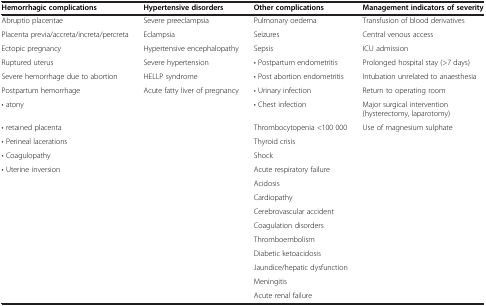
| Hemorrhagic complications | Hypertensive disorders | Other complications | Management indicators of severity |
 | --- | --- | --- | --- |
 | Abruptio placentae | Severe preeclampsia | Pulmonary oedema | Transfusion of blood derivatives |
 | Placenta previa/accreta/increta/percreta | Eclampsia | Seizures | Central venous access |
 | Ectopic pregnancy | Hypertensive encephalopathy | Sepsis | ICU admission |
 | Ruptured uterus | Severe hypertension | • Postpartum endometritis | Prolonged hospital stay (>7 days) |
 | Severe hemorrhage due to abortion | HELLP syndrome | • Post abortion endometritis | Intubation unrelated to anaesthesia |
 | Postpartum hemorrhage | Acute fatty liver of pregnancy | • Urinary infection | Return to operating room |
 | • atony |  | • Chest infection | Major surgical intervention (hysterectomy, laparotomy) |
 | • retained placenta |  | Thrombocytopenia <100 000 | Use of magnesium sulphate |
 | • Perineal lacerations |  | Thyroid crisis |  |
 | • Coagulopathy |  | Shock |  |
 | • Uterine inversion |  | Acute respiratory failure |  |
 |  |  | Acidosis |  |
 |  |  | Cardiopathy |  |
 |  |  | Cerebrovascular accident |  |
 |  |  | Coagulation disorders |  |
 |  |  | Thromboembolism |  |
 |  |  | Diabetic ketoacidosis |  |
 |  |  | Jaundice/hepatic dysfunction |  |
 |  |  | Meningitis |  |
 |  |  | Acute renal failure |  |